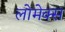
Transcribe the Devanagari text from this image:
लोमेक्स